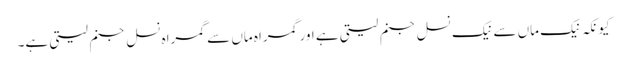
کیونکہ نیک ماں سے نیک نسل جنم لیتی ہے اور گمراہ ماں سے گمراہ نسل جنم لیتی ہے۔